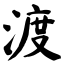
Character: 渡